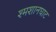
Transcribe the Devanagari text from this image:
श्मशानघाट